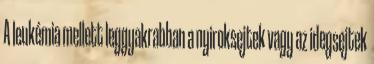
A leukémia mellett leggyakrabban a nyiroksejtek vagy az idegsejtek